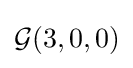
{\mathcal {G}}(3,0,0)